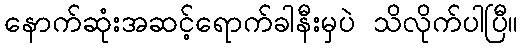
နောက်ဆုံးအဆင့်ရောက်ခါနီးမှပဲ သိလိုက်ပါပြီ။